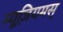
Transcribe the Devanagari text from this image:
म्यूज़ियमस्